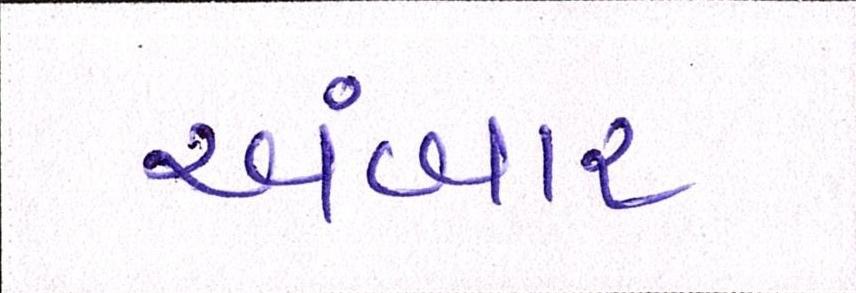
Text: અંબાર